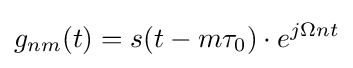
g_{nm}(t)=s(t-m\tau _{0})\cdot e^{j\Omega nt}